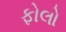
ફોલો